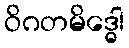
ဝိဂတမိဒ္ဓေါ